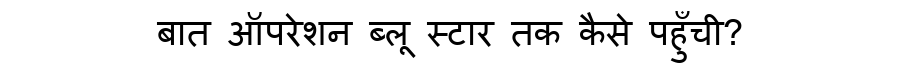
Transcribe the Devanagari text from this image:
बात ऑपरेशन ब्लू स्टार तक कैसे पहुँची?